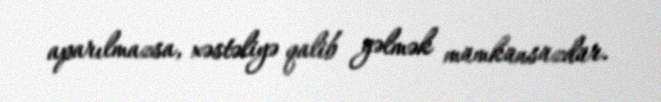
aparılmazsa, xəstəliyə qalib gəlmək mümkünsüzdür.